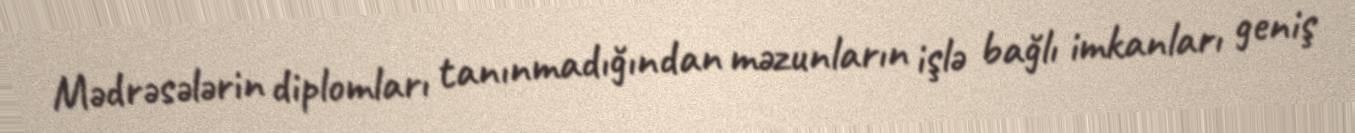
Mədrəsələrin diplomları tanınmadığından məzunların işlə bağlı imkanları geniş